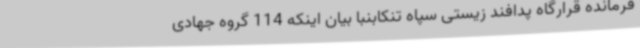
فرمانده قرارگاه پدافند زیستی سپاه تنکابنبا بیان اینکه 114 گروه جهادی